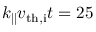
k _ { \parallel } v _ { \mathrm { t h , i } } t = 2 5